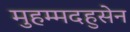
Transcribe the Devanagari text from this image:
मुहम्मदहुसेन